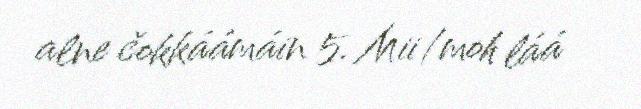
alne čokkáámáin 5. Mii/moh láá